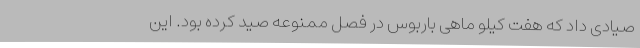
صیادی داد که هفت کیلو ماهی باربوس در فصل ممنوعه صید کرده بود. این